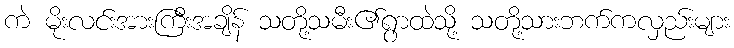
ကဲ မိုးလင်းအားကြီးအချိန် သတို့သမီး၏ရွာထဲသို့ သတို့သားဘက်ကလှည်းများ